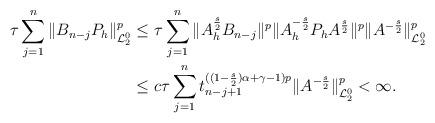
LaTeX: \begin{align*}\tau \sum_{j=1}^{n} \| B_{n-j} P_{h} \|_{\mathcal{L}_2^0}^p&\leq \tau \sum_{j=1}^{n} \|A_h^{\frac{s}{2}} B_{n-j}\|^p\|A_h^{-\frac{s}{2}} P_hA^{\frac{s}{2}} \|^p\|A^{-\frac{s}{2}} \|_{\mathcal{L}_2^0}^{p}\\&\leq c\tau \sum_{j=1}^nt_{n-j+1}^{((1-\frac{s}{2})\alpha+\gamma -1)p} \| A^{-\frac{s}{2}} \|_{\mathcal{L}_2^0}^p< \infty.\end{align*}